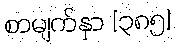
စာမျက်နှာ [၃၈၅]